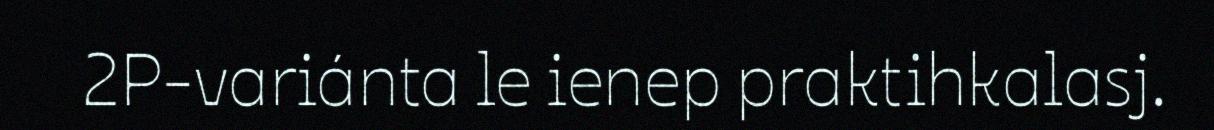
2P-variánta le ienep praktihkalasj.